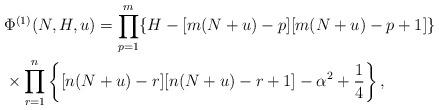
LaTeX: \begin{align*} &\Phi^{(1)}(N,H,u) = \prod_{p=1}^{m} \{H-[m(N+u)-p][m(N+u)-p+1]\} \\ &\times \prod_{r=1}^{n} \left\{ [n(N+u)-r][n(N+u)-r+1]-\alpha^{2}+\frac{1}{4}\right\}, \end{align*}